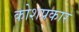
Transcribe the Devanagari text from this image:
कोशप्रकार